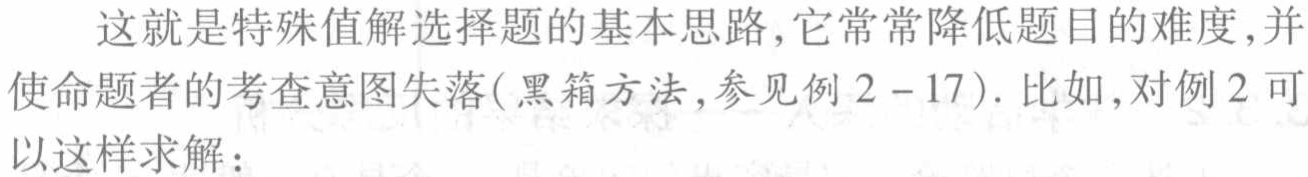
这就是特殊值解选择题的基本思路,它常常降低题目的难度,并使命题者的考查意图失落(黑箱方法,参见例2 - 17). 比如,对例2可以这样求解：